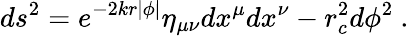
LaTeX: ds^{2}=e^{-2kr|\phi|}\eta_{\mu\nu}dx^{\mu}dx^{\nu}-r_{c}^{2}d\phi^{2}~.